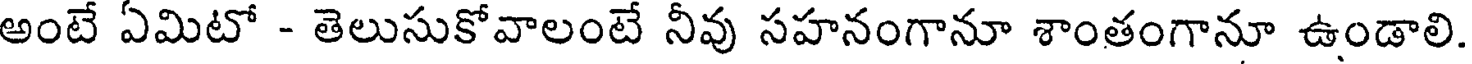
అంటే ఏమిటో - తెలుసుకోవాలంటే నీవు సహనంగానూ శాంతంగానూ ఉండాలి